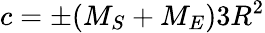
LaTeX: c=\pm(M_{S}+M_{E})3R^{2}